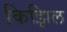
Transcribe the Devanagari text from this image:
किझिल